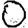
Digit: 0